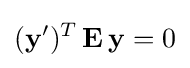
(\mathbf {y} ')^{T}\,\mathbf {E} \,\mathbf {y} =0